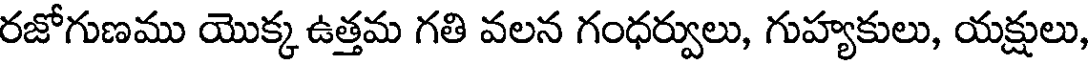
రజోగుణము యొక్క ఉత్తమ గతి వలన గంధర్వులు, గుహ్యకులు, యక్షులు,